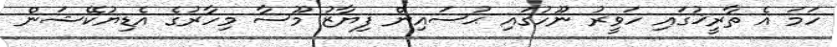
ހަމަ އެ ތާރީޚުގައި ހަވީރު ނޫހުގައި ޙުސައިން ފިޔާޒު މޫސާ މިހާރުގެ އެޑިޔުކޭޝަން